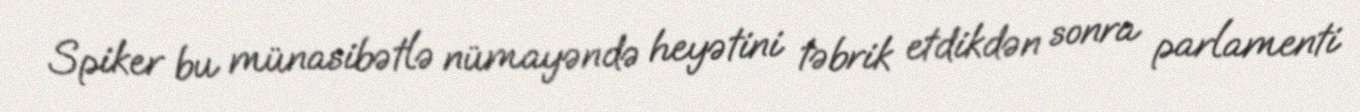
Spiker bu münasibətlə nümayəndə heyətini təbrik etdikdən sonra parlamenti